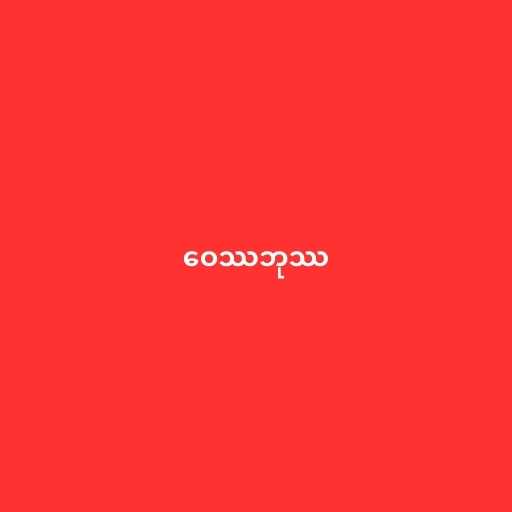
ဝေဿဘုဿ